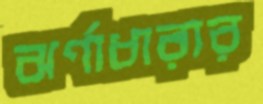
ঝর্ণাধারার